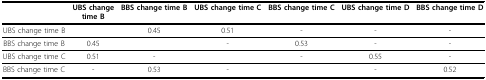
<table><thead><tr><td></td><td><b>UBS changetime B</b></td><td><b>BBS change time B</b></td><td><b>UBS change time C</b></td><td><b>BBS change time C</b></td><td><b>UBS change time D</b></td><td><b>BBS change time D</b></td></tr></thead><tbody><tr><td>UBS change time B</td><td></td><td>0.45</td><td>0.51</td><td>-</td><td>-</td><td>-</td></tr><tr><td>BBS change time B</td><td>0.45</td><td></td><td>-</td><td>0.53</td><td>-</td><td>-</td></tr><tr><td>UBS change time C</td><td>0.51</td><td>-</td><td></td><td>-</td><td>0.55</td><td>-</td></tr><tr><td>BBS change time C</td><td>-</td><td>0.53</td><td>-</td><td></td><td>-</td><td>0.52</td></tr></tbody></table>